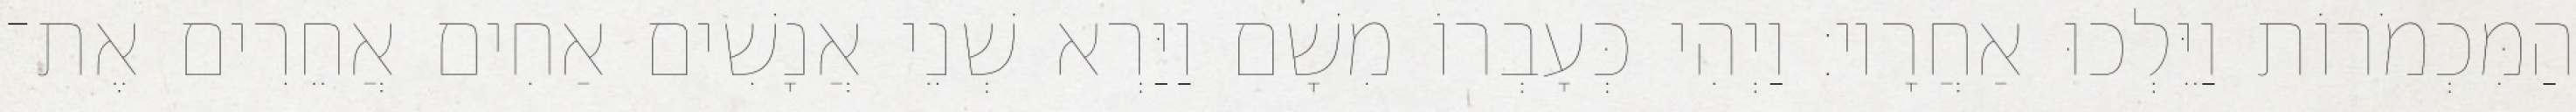
הַמִּכְמֹרוֹת וַיֵּלְכוּ אַחֲרָיו׃ וַיְהִי כְּעָבְרוֹ מִשָׁם וַיַּרְא שְׁנֵי אֲנָשִׁים אַחִים אֲחֵרִים אֶת־